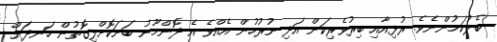
ބެލުކަމުންނެވެ. ރުޅިއާއި ބިރުވެރިކަން އަދި ނުރުހުން އެއްވެ އެ ދޮންމޫނު ބަނަކޮށްލިގޮތުން ހަނދަށް